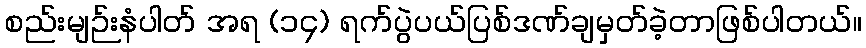
စည်းမျဉ်းနံပါတ် အရ (၁၄) ရက်ပွဲပယ်ပြစ်ဒဏ်ချမှတ်ခဲ့တာဖြစ်ပါတယ်။